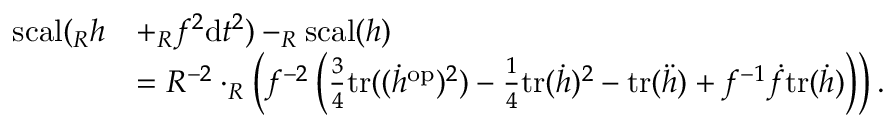
\begin{array} { r l } { \mathord { \mathrm { s c a l } } ( _ { R } h } & { + _ { R } f ^ { 2 } \mathrm { d } t ^ { 2 } ) - _ { R } \mathord { \mathrm { s c a l } } ( h ) } \\ & { = R ^ { - 2 } \cdot _ { R } \left( f ^ { - 2 } \left( \frac { 3 } { 4 } \mathrm { t r } ( ( \Dot { h } ^ { \mathrm { o p } } ) ^ { 2 } ) - \frac { 1 } { 4 } \mathrm { t r } ( \Dot { h } ) ^ { 2 } - \mathrm { t r } ( \Ddot { h } ) + f ^ { - 1 } \Dot { f } \mathrm { t r } ( \Dot { h } ) \right) \right) . } \end{array}